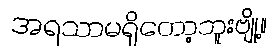
အရသာမရှိတော့ဘူးဗျို့။